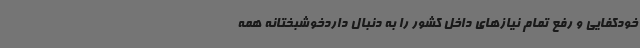
خودکفایی و رفع تمام نیازهای داخل کشور را به دنبال داردخوشبختانه همه